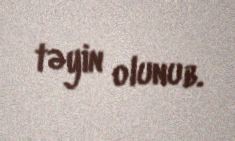
təyin olunub.